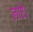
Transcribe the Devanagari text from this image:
लाऐ।